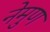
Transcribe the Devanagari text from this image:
नेमुण